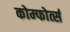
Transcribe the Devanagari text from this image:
कोम्फोर्त्स